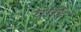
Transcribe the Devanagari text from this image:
यांहि